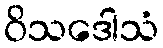
ဝိသဒေါသံ